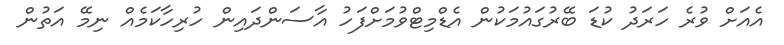
އެއަށް ވުރެ ހަރަދު ކުޑަ ބޭރުގައުމަކުން އެޑްމިޓްވުމަށްފަހު އާސަންދައިން ހުރިހާކަމެއް ނިމޭ އަތުން